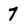
Character: 7